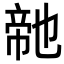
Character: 𭘬